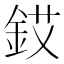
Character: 銰